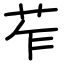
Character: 苲